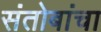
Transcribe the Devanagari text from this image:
संतोबांचा